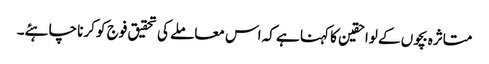
متاثرہ بچوں کے لواحقین کا کہنا ہے کہ اس معاملے کی تحقیق فوج کو کرنا چاہئے۔